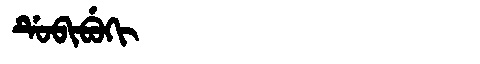
Manchu: ᡩᡠᠪᡳᠪᡠᡴᡳ
Romanization: DUBIBUKI